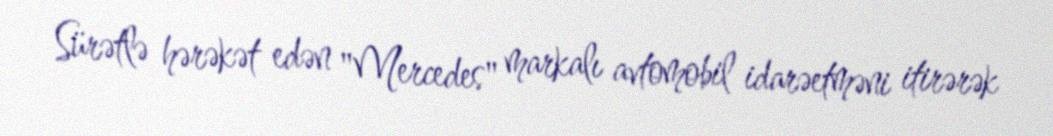
Sürətlə hərəkət edən "Mercedes" markalı avtomobil idarəetməni itirərək